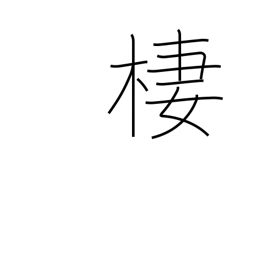
Meaning: dwell